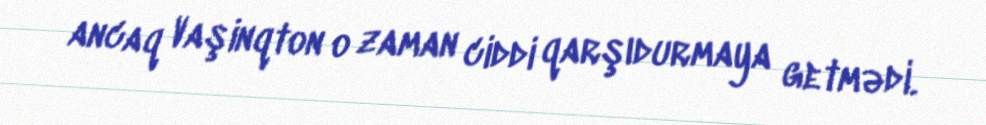
ancaq Vaşinqton o zaman ciddi qarşıdurmaya getmədi.